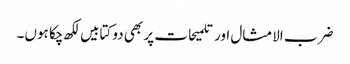
ضرب الامثال اور تلمیحات پر بھی دو کتابیں لکھ چکا ہوں۔